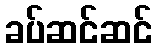
ခပ်ဆင်ဆင်